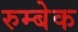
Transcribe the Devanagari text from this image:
रुम्बेक